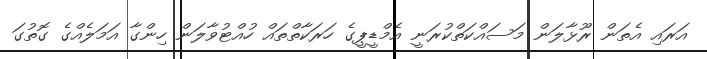
އަރައި އެތަން ރޫޅާލަން މަސައްކަތްކުރަނީ އެމްޑީޕީގެ ހަރަކާތްތައް ހުއްޓުވާލަން ހިންގާ އަމަލެއްގެ ގޮތުގަ